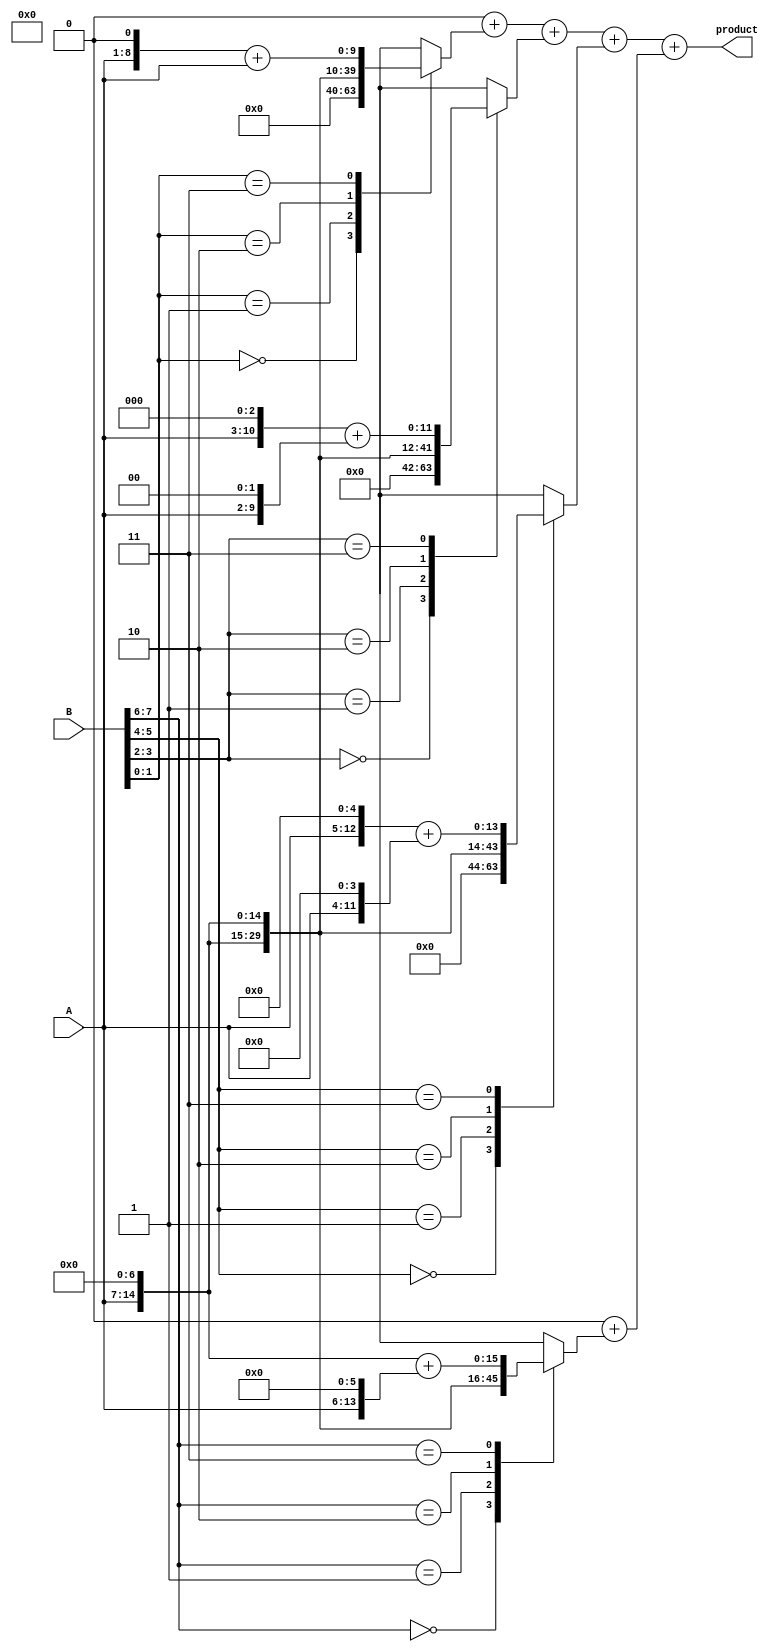
module radix4_wallace_multiplier #(parameter n = 8) (
    input [n-1:0] A,
    input [n-1:0] B,
    output reg [2*n-1:0] product
);

    // Intermediate signals for partial products
    reg [2*n-1:0] pp [0:n/2-1]; // partial products
    reg [2*n-1:0] sum1, sum2;
    
    // Generate partial products
    integer i, j;
    always @(*) begin
        for (i = 0; i < n/2; i = i + 1) begin
            case ({B[2*i+1], B[2*i]})
                2'b00: pp[i] = 0;
                2'b01: pp[i] = A << (2*i);
                2'b10: pp[i] = (A << (2*i + 1));
                2'b11: pp[i] = (A << (2*i + 1)) + (A << (2*i));
            endcase
        end
    end

    // Wallace tree reduction
    always @(*) begin
        // Initialize sums
        sum1 = 0;
        sum2 = 0;

        // First level of reduction
        for (i = 0; i < n/2; i = i + 1) begin
            if (i < n/2 - 1) begin
                sum1 = sum1 + pp[i];
            end else begin
                sum2 = sum2 + pp[i];
            end
        end

        // Final addition
        product = sum1 + sum2;
    end

endmodule